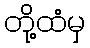
တို့ထံမှ